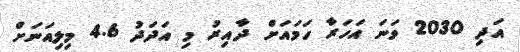
އަދި 2030 ވަނަ އަހަރާ ހަމައަށް ދާއިރު މި އަދަދު 4.6 މިލިއަނަށް